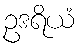
ဥဒရိယံ